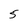
Character: 5